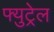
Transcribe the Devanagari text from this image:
फ्युट्रेल